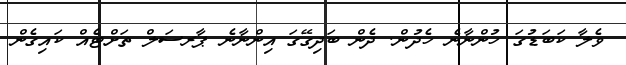
ވެލާ ކަބަޑުގަ ހުންނާނެ ހެދުން. ދެން ބަދިގޭގަ އިންނާނެ ޕާރސަލް ތަށްޓެއް ކައިގެން